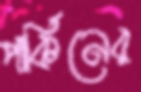
পার্কিনের